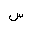
Letter: _sin